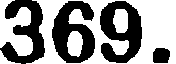
369.